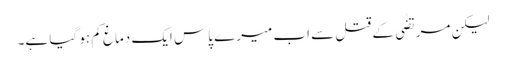
لیکن مرتضٰی کے قتل سے اب میرے پاس ایک دماغ کم ہو گیا ہے۔